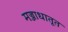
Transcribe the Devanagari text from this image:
मज्जाधातूत